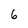
Character: 6